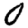
Digit: 0